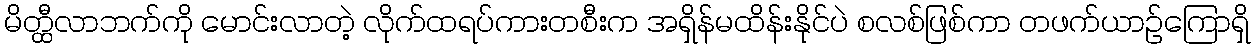
မိတ္ထီလာဘက်ကို မောင်းလာတဲ့ လိုက်ထရပ်ကားတစီးက အရှိန်မထိန်းနိုင်ပဲ စလစ်ဖြစ်ကာ တဖက်ယာဉ်ကြောရှိ